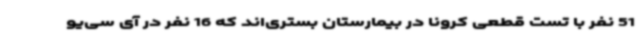
51 نفر با تست قطعی کرونا در بیمارستان بستری‌اند که 16 نفر در آی سی‌یو